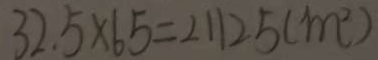
3 2 . 5 \times 6 5 = 2 1 1 2 5 ( m ^ { 2 } )